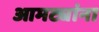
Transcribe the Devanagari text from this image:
आमट्यांना